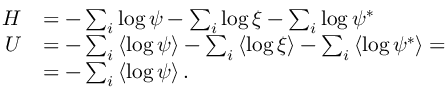
\begin{array} { r l } { H } & { = - \sum _ { i } \log \psi - \sum _ { i } \log \xi - \sum _ { i } \log \psi ^ { * } } \\ { U } & { = - \sum _ { i } \left\langle \log \psi \right\rangle - \sum _ { i } \left\langle \log \xi \right\rangle - \sum _ { i } \left\langle \log \psi ^ { * } \right\rangle = } \\ & { = - \sum _ { i } \left\langle \log \psi \right\rangle . } \end{array}